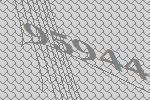
95944